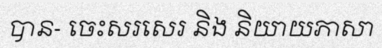
បាន- ចេះសរសេរ និង និយាយភាសា